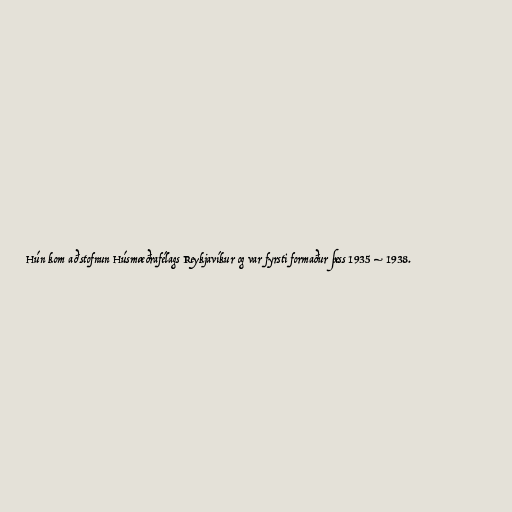
Hún kom að stofnun Húsmæðrafélags Reykjavíkur og var fyrsti formaður þess 1935 – 1938.